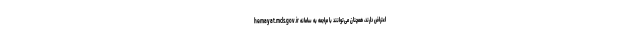
اعتراض دارند، همچنان می‌توانند با مراجعه به سامانه hemayat.mcls.gov.ir